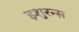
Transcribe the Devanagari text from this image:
इशुरन्स